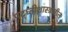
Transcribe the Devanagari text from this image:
पद्ध्तीशास्त्रातील